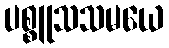
ပစ္စူသသမယေ